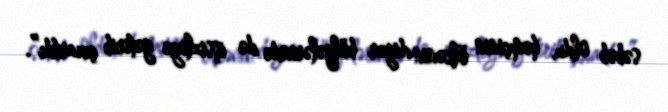
səbəb oldu, həmçinin ölkənin digər bölgələrində də işsizliyə gətirib çıxartdı”.